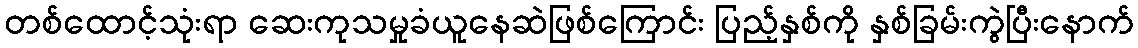
တစ်ထောင့်သုံးရာ ဆေးကုသမှုခံယူနေဆဲဖြစ်ကြောင်း ပြည့်နှစ်ကို နှစ်ခြမ်းကွဲပြီးနောက်